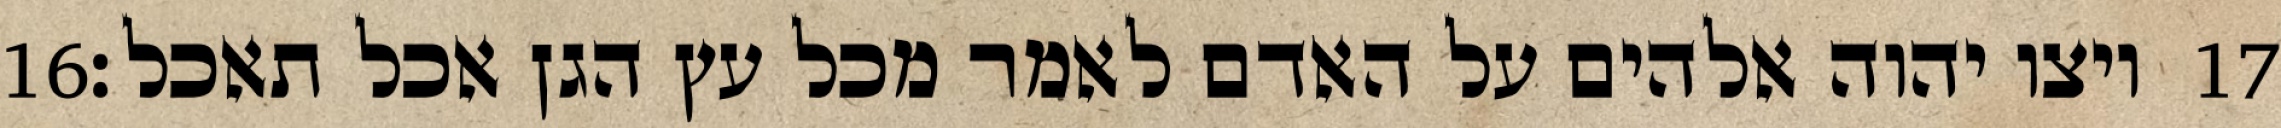
‎16‏ ויצו יהוה אלהים על האדם לאמר מכל עץ הגן אכל תאכל׃ ‎17‏